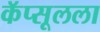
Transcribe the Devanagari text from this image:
कॅप्सूलला